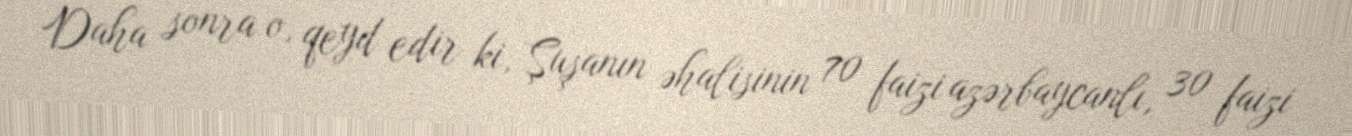
Daha sonra o, qeyd edir ki, Şuşanın əhalisinin 70 faizi azərbaycanlı, 30 faizi